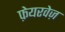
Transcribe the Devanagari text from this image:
फ़ेयरवेज़